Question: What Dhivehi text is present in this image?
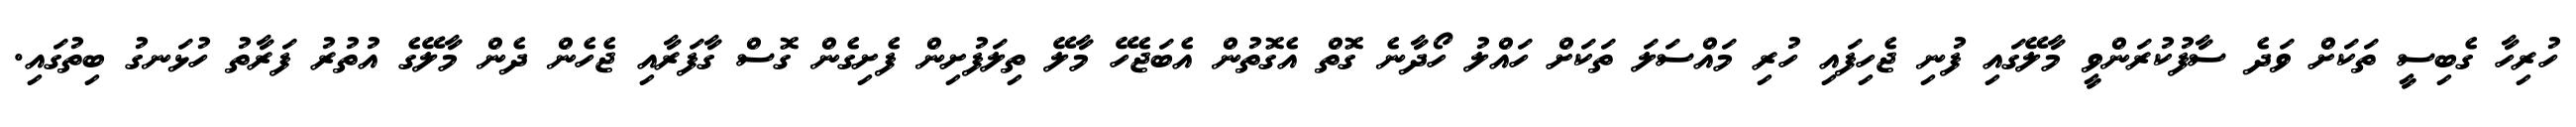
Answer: ހުރިހާ ގެބިސީ ތަކަށް ވަދެ ސާފުކުރަންވީ މާލޭގައި ފުނި ޖެހިފައި ހުރި މައްސަލަ ތަކަށް ހައްލު ހޯދާނެ ގޮތް އެގޮތުން އެބަޖެހޭ މާލޭ ތިލަފުށިން ފެށިގެން ގޮސް ގާފަރާއި ޖެހެން ދެން މާލޭގެ އުތުރު ފަރާތު ހުޅަނގު ބިތުގައި.